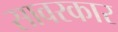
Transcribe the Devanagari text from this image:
सावरकार